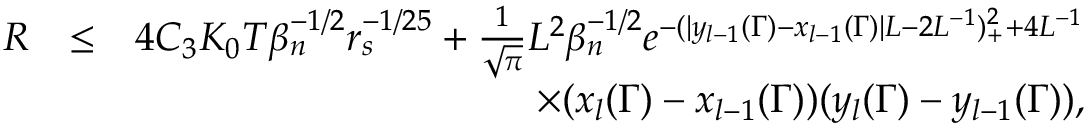
\begin{array} { r l r } { R } & { \leq } & { 4 C _ { 3 } K _ { 0 } T \beta _ { n } ^ { - 1 \slash 2 } r _ { s } ^ { - 1 \slash 2 5 } + \frac { 1 } { \sqrt { \pi } } L ^ { 2 } \beta _ { n } ^ { - 1 \slash 2 } e ^ { - ( | y _ { l - 1 } ( \Gamma ) - x _ { l - 1 } ( \Gamma ) | L - 2 L ^ { - 1 } ) _ { + } ^ { 2 } + 4 L ^ { - 1 } } } \\ & { } & { \quad \quad \quad \quad \quad \quad \quad \quad \quad \quad \times ( x _ { l } ( \Gamma ) - x _ { l - 1 } ( \Gamma ) ) ( y _ { l } ( \Gamma ) - y _ { l - 1 } ( \Gamma ) ) , } \end{array}